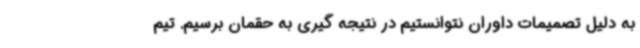
به دلیل تصمیمات داوران نتوانستیم در نتیجه گیری به حقمان برسیم. تیم